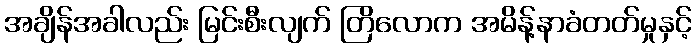
အချိန်အခါလည်း မြင်းစီးလျက် တြိလောက အမိန့်နာခံတတ်မှုနှင့်